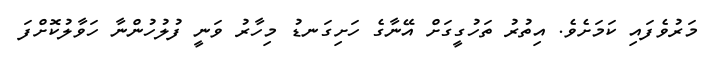
މަރުވެފައި ކަމަށެވެ. އިތުރު ތަހުގީގަށް އޭނާގެ ހަށިގަނޑު މިހާރު ވަނީ ފުލުހުންނާ ހަވާލުކޮށްފަ